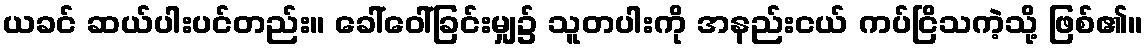
ယခင် ဆယ်ပါးပင်တည်း။ ခေါ်ဝေါ်ခြင်းမျှ၌ သူတပါးကို အနည်းငယ် ကပ်ငြိသကဲ့သို့ ဖြစ်၏။